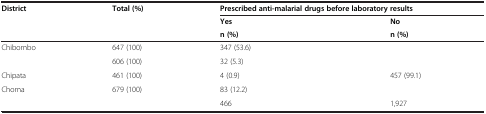
<table><thead><tr><td rowspan="3"><b>District</b></td><td rowspan="3"><b>Total (%)</b></td><td colspan="2"><b>Prescribed anti-malarial drugs before laboratory results</b></td></tr><tr><td><b>Yes</b></td><td><b>No</b></td></tr><tr><td><b>n (%)</b></td><td><b>n (%)</b></td></tr></thead><tbody><tr><td>Chibombo</td><td>647 (100)</td><td>347 (53.6)</td><td>[EMPTY_CELL]</td></tr><tr><td>[EMPTY_CELL]</td><td>606 (100)</td><td>32 (5.3)</td><td>[EMPTY_CELL]</td></tr><tr><td>Chipata</td><td>461 (100)</td><td>4 (0.9)</td><td>457 (99.1)</td></tr><tr><td>Choma</td><td>679 (100)</td><td>83 (12.2)</td><td>[EMPTY_CELL]</td></tr><tr><td colspan="2">[EMPTY_CELL]</td><td>466</td><td>1,927</td></tr></tbody></table>